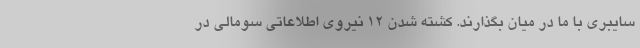
سایبری با ما در میان بگذارند. کشته شدن 12 نیروی اطلاعاتی سومالی در